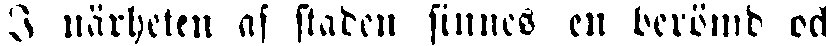
I närheten af staden finnes en berömd och